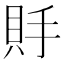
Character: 𧵃